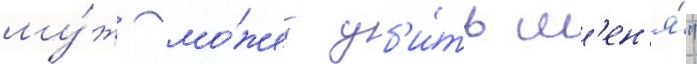
му́ж мо́жет уб'и́ть м'ен'я́"